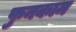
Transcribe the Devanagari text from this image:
फुनकाम